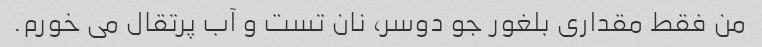
من فقط مقداری بلغور جو دوسر، نان تست و آب پرتقال می خورم.